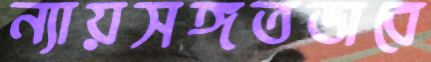
ন্যায়সঙ্গতভাবে